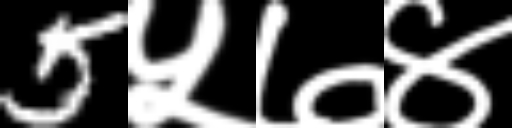
Text: 5५७४